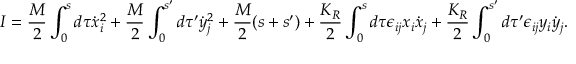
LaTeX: I = \frac { M } { 2 } \int _ { 0 } ^ { s } d \tau \dot { x } _ { i } ^ { 2 } + \frac { M } { 2 } \int _ { 0 } ^ { s ^ { \prime } } d \tau ^ { \prime } \dot { y } _ { j } ^ { 2 } + \frac { M } { 2 } ( s + s ^ { \prime } ) + \frac { K _ { R } } { 2 } \int _ { 0 } ^ { s } d \tau \epsilon _ { i j } x _ { i } \dot { x } _ { j } + \frac { K _ { R } } { 2 } \int _ { 0 } ^ { s ^ { \prime } } d \tau ^ { \prime } \epsilon _ { i j } y _ { i } \dot { y } _ { j } .